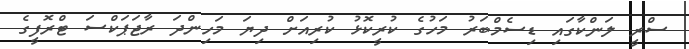
ސްރީ ލަންކާގައި ޑިސެމްބަރު މަހުގެ ކުރީކޮޅު ކުރިއަށް ދިޔަ މަހިންދަ ރާޖަޕަކްސަ ޓްރޮފީގެ